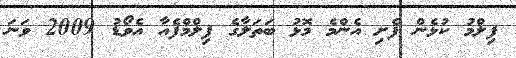
ފިލްމު ކުޅެން ފެށި އެންމެ މޮޅު ބަތަލާގެ ފިލްމްފެއާ އެވޯޑު 2009 ވަނަ